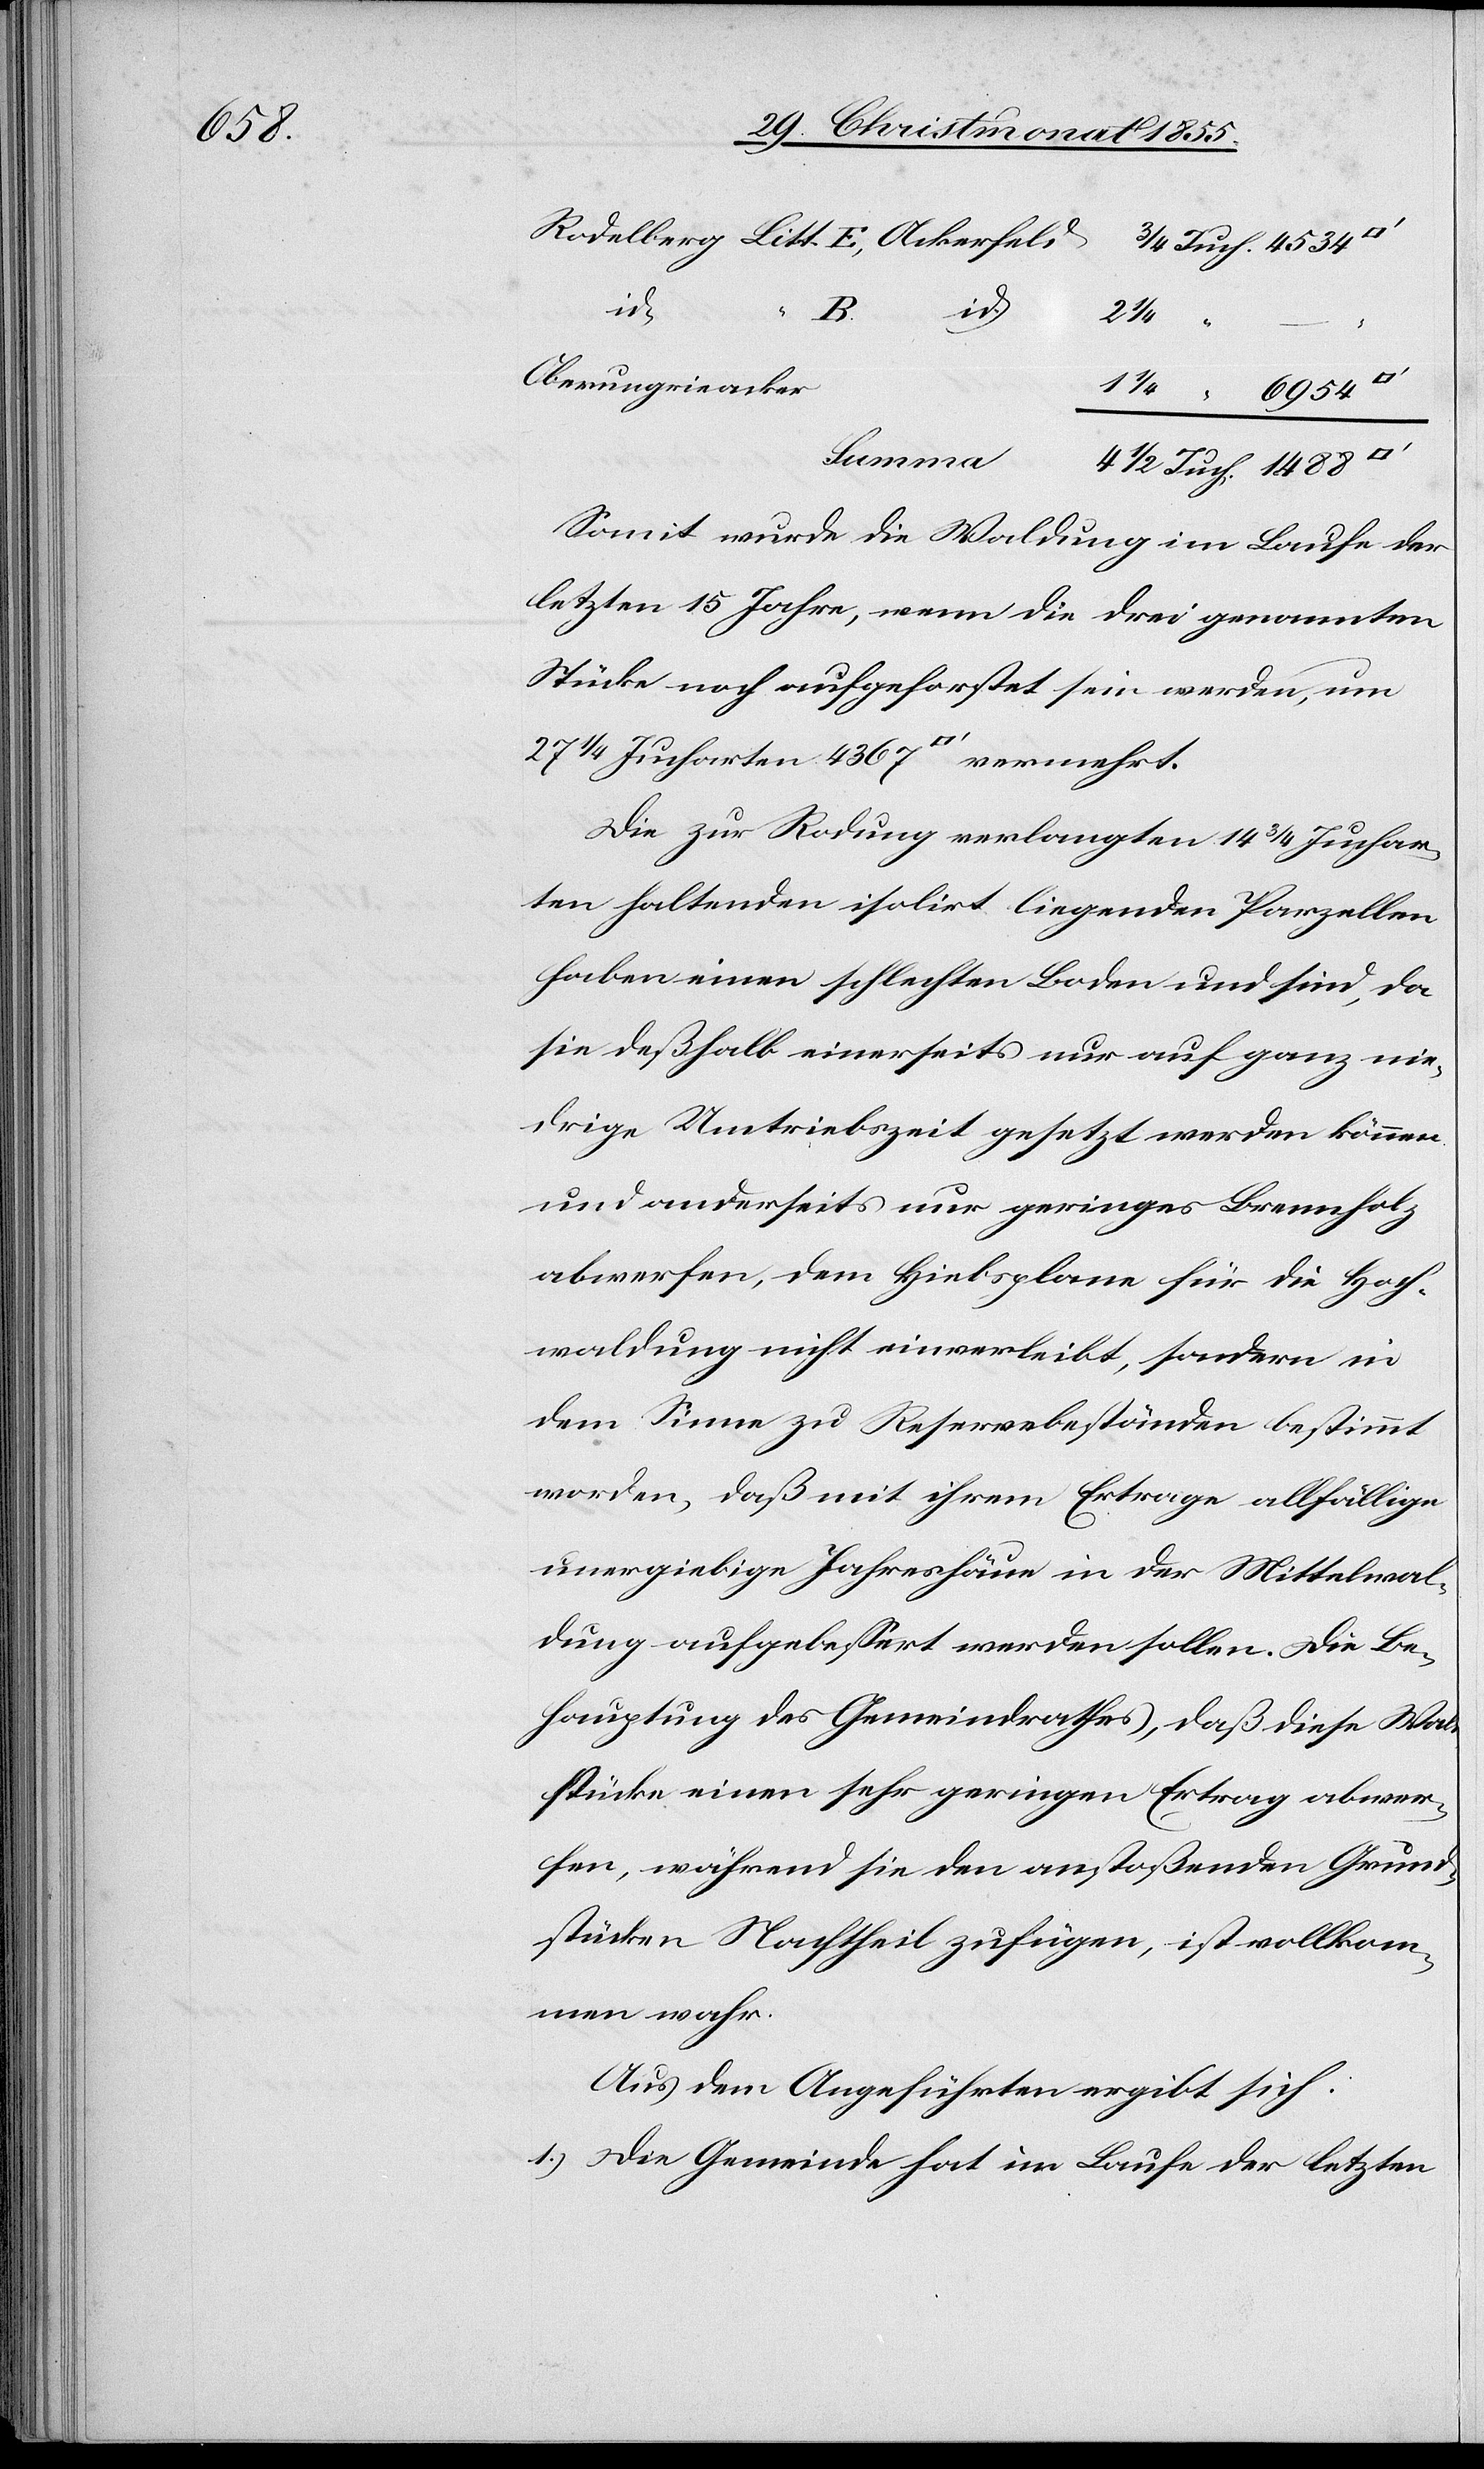
Rodel¬

id.
2 1/4
Oberungrieacker
4367
27
Summa
4 1/2 Juch. 1488
Somit wurde die Waldung im Laufe der
letzten 15 Jahre, wenn die drei genannten
Stücke noch aufgeforstet sein werden, um
Die zur Rodung verlangten 14 3/4 Juchar¬
ten haltenden isolirt liegenden Parzellen
haben einen schlechten Boden und sind, da
sie deßhalb einerseits nur auf ganz nie¬
drige Umtriebszeit gesetzt werden können
und anderseits nur geringes Brennholz
abwerfen, dem Hiebsplane für die Hoch¬
waldung nicht einverleibt, sondern in
dem Sinne zu Reservebeständen bestimmt
worden, daß mit ihrem Ertrage allfällige
unergiebige Jahreshäue in der Mittelwal¬
dung aufgebessert werden sollen. Die Be¬
hauptung des Gemeindrathes, daß diese Wal¬
dstücke einen sehr geringen Ertrag abwer¬
fen, während sie den anstoßenden Grund¬
stücken Nachtheil zufügen, ist vollkom¬
men wahr.
Aus dem Angeführten ergibt sich:
Die Gemeinde hat im Laufe der letzten